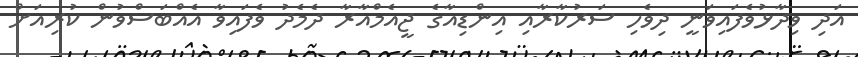
އަދި ވިދާޅުވެފައިވަނީ ދިވެހި ސަރުކާރާއި އިންޑިއާގެ ޖީއެމްއާރާ ދެމެދު ވެފައިވާ އެއްބަސްވުން ކުރިއަށް